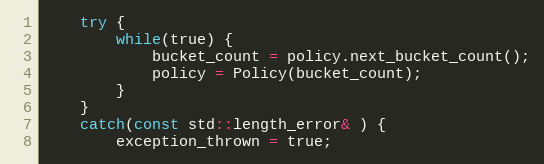
Language: C++
    try {
        while(true) {
            bucket_count = policy.next_bucket_count();
            policy = Policy(bucket_count);
        }
    }
    catch(const std::length_error& ) {
        exception_thrown = true;